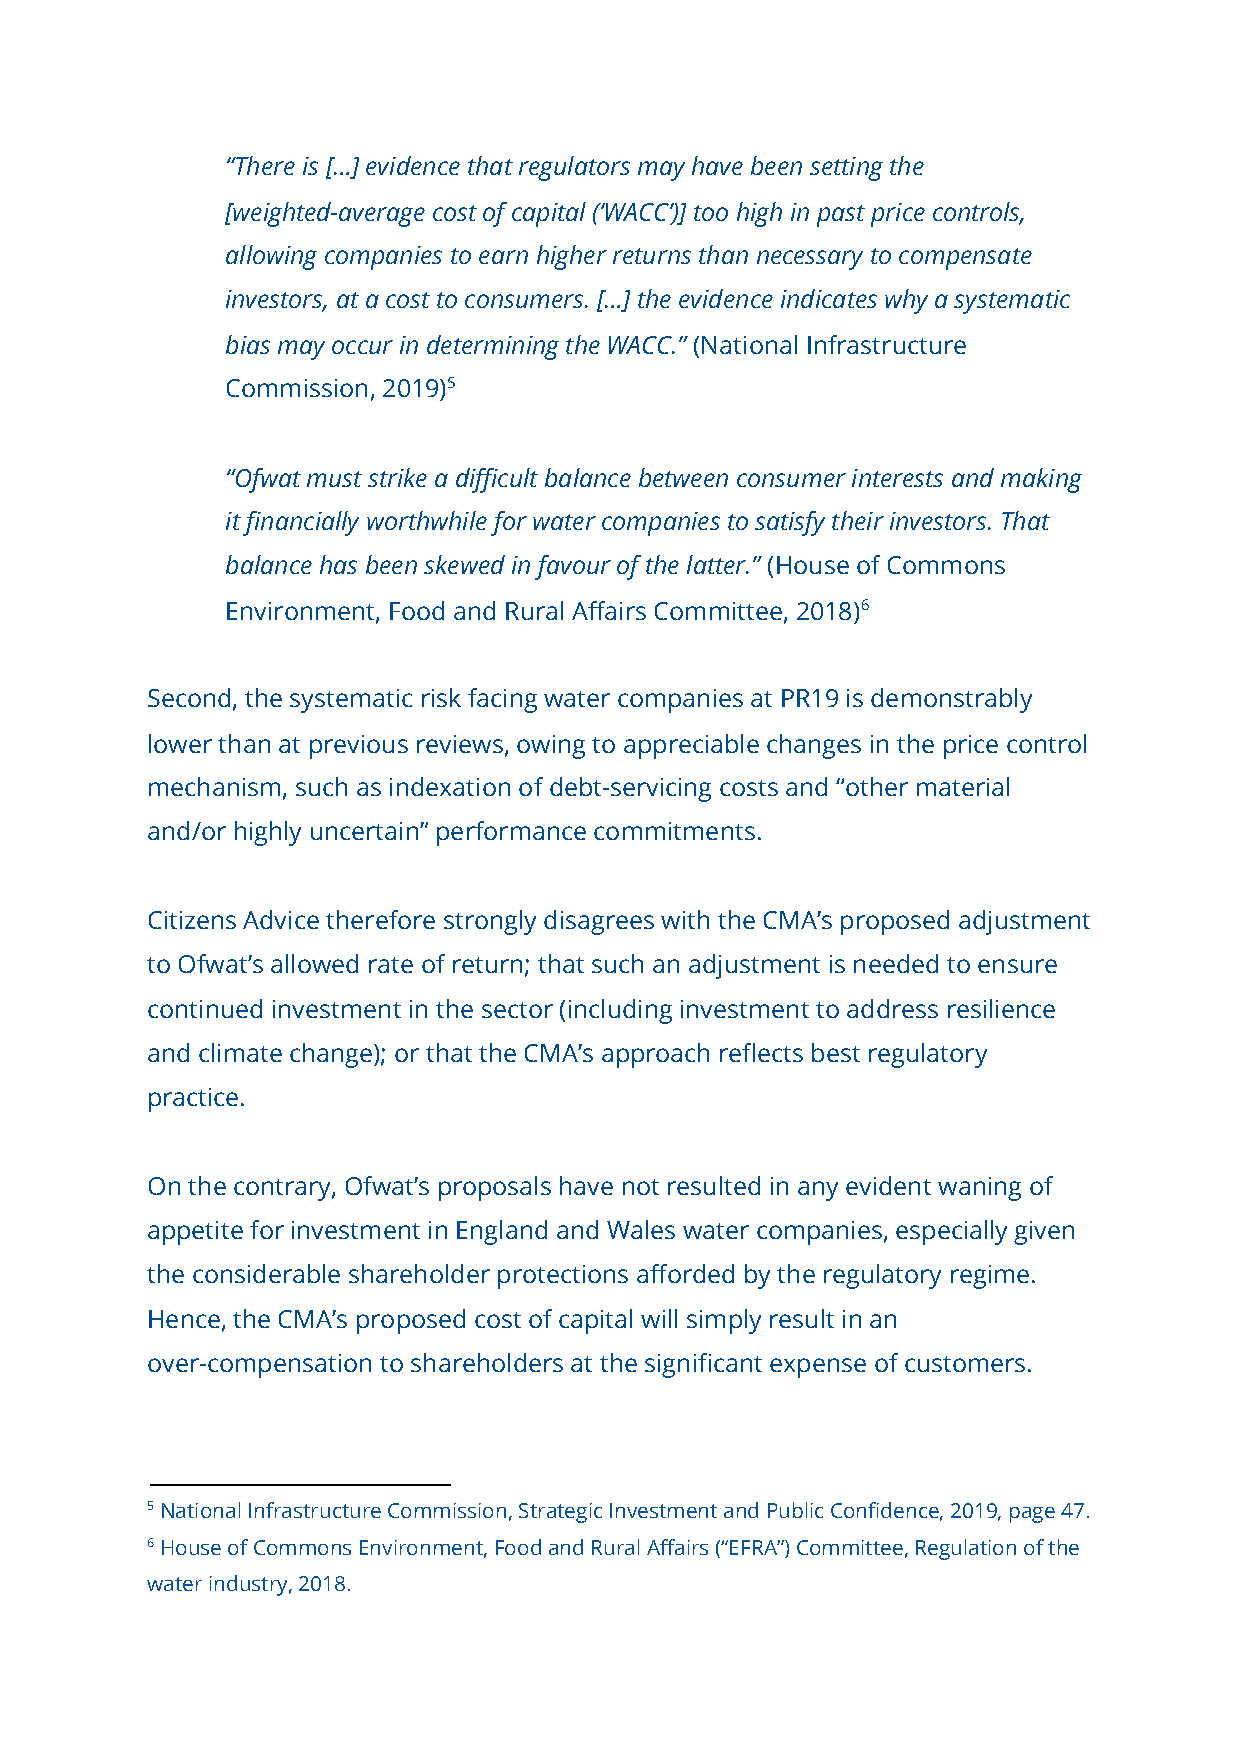
“There is […] evidence that regulators may have been setting the
 [weighted-average cost of capital (‘WACC’)] too high in past price controls,
 allowing companies to earn higher returns than necessary to compensate
 investors, at a cost to consumers. […] the evidence indicates why a systematic
 bias may occur in determining the WACC.” ​ (National Infrastructure
 Commission, 2019)​5
 “Ofwat must strike a difficult balance between consumer interests and making
 it financially worthwhile for water companies to satisfy their investors. That
 balance has been skewed in favour of the latter.” ​ (House of Commons
 Environment, Food and Rural Affairs Committee, 2018)​6
 Second, the systematic risk facing water companies at PR19 is demonstrably
 lower than at previous reviews, owing to appreciable changes in the price control
 mechanism, such as indexation of debt-servicing costs and “other material
 and/or highly uncertain” performance commitments.
 Citizens Advice therefore strongly disagrees with the CMA’s proposed adjustment
 to Ofwat’s allowed rate of return; that such an adjustment is needed to ensure
 continued investment in the sector (including investment to address resilience
 and climate change); or that the CMA’s approach reflects best regulatory
 practice.
 On the contrary, Ofwat’s proposals have not resulted in any evident waning of
 appetite for investment in England and Wales water companies, especially given
 the considerable shareholder protections afforded by the regulatory regime.
 Hence, the CMA’s proposed cost of capital will simply result in an
 over-compensation to shareholders at the significant expense of customers.
 5 National Infrastructure Commission, Strategic Investment and Public Confidence, 2019, page 47.
 6 House of Commons Environment, Food and Rural Affairs (“EFRA”) Committee, Regulation of the
 water industry, 2018.